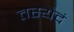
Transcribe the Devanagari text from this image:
तस्येदं